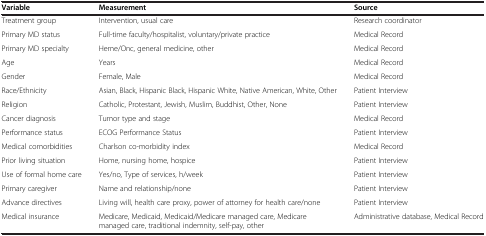
<table><thead><tr><td><b>Variable</b></td><td><b>Measurement</b></td><td><b>Source</b></td></tr></thead><tbody><tr><td>Treatment group</td><td>Intervention, usual care</td><td>Research coordinator</td></tr><tr><td>Primary MD status</td><td>Full-time faculty/hospitalist, voluntary/private practice</td><td>Medical Record</td></tr><tr><td>Primary MD specialty</td><td>Heme/Onc, general medicine, other</td><td>Medical Record</td></tr><tr><td>Age</td><td>Years</td><td>Medical Record</td></tr><tr><td>Gender</td><td>Female, Male</td><td>Medical Record</td></tr><tr><td>Race/Ethnicity</td><td>Asian, Black, Hispanic Black, Hispanic White, Native American, White, Other</td><td>Patient Interview</td></tr><tr><td>Religion</td><td>Catholic, Protestant, Jewish, Muslim, Buddhist, Other, None</td><td>Patient Interview</td></tr><tr><td>Cancer diagnosis</td><td>Tumor type and stage</td><td>Medical Record</td></tr><tr><td>Performance status</td><td>ECOG Performance Status</td><td>Patient Interview</td></tr><tr><td>Medical comorbidities</td><td>Charlson co-morbidity index</td><td>Medical Record</td></tr><tr><td>Prior living situation</td><td>Home, nursing home, hospice</td><td>Patient Interview</td></tr><tr><td>Use of formal home care</td><td>Yes/no, Type of services, h/week</td><td>Patient Interview</td></tr><tr><td>Primary caregiver</td><td>Name and relationship/none</td><td>Patient Interview</td></tr><tr><td>Advance directives</td><td>Living will, health care proxy, power of attorney for health care/none</td><td>Patient Interview</td></tr><tr><td>Medical insurance</td><td>Medicare, Medicaid, Medicaid/Medicare managed care, Medicare managed care, traditional indemnity, self-pay, other</td><td>Administrative database, Medical Record</td></tr></tbody></table>